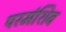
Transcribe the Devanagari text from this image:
परमंशिव